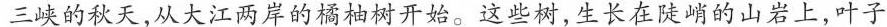
三峡的秋天，从大江河岸的橘柚树开始。这些树，生长在陡峭的山岩上，叶子